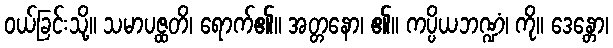
ဝယ်ခြင်းသို့။ သမာပဇ္ထတိ၊ ရောက်၏။ အတ္တနော၊ ၏။ ကပ္ပိယဘဏ္ဍံ၊ ကို။ ဒေန္တော၊